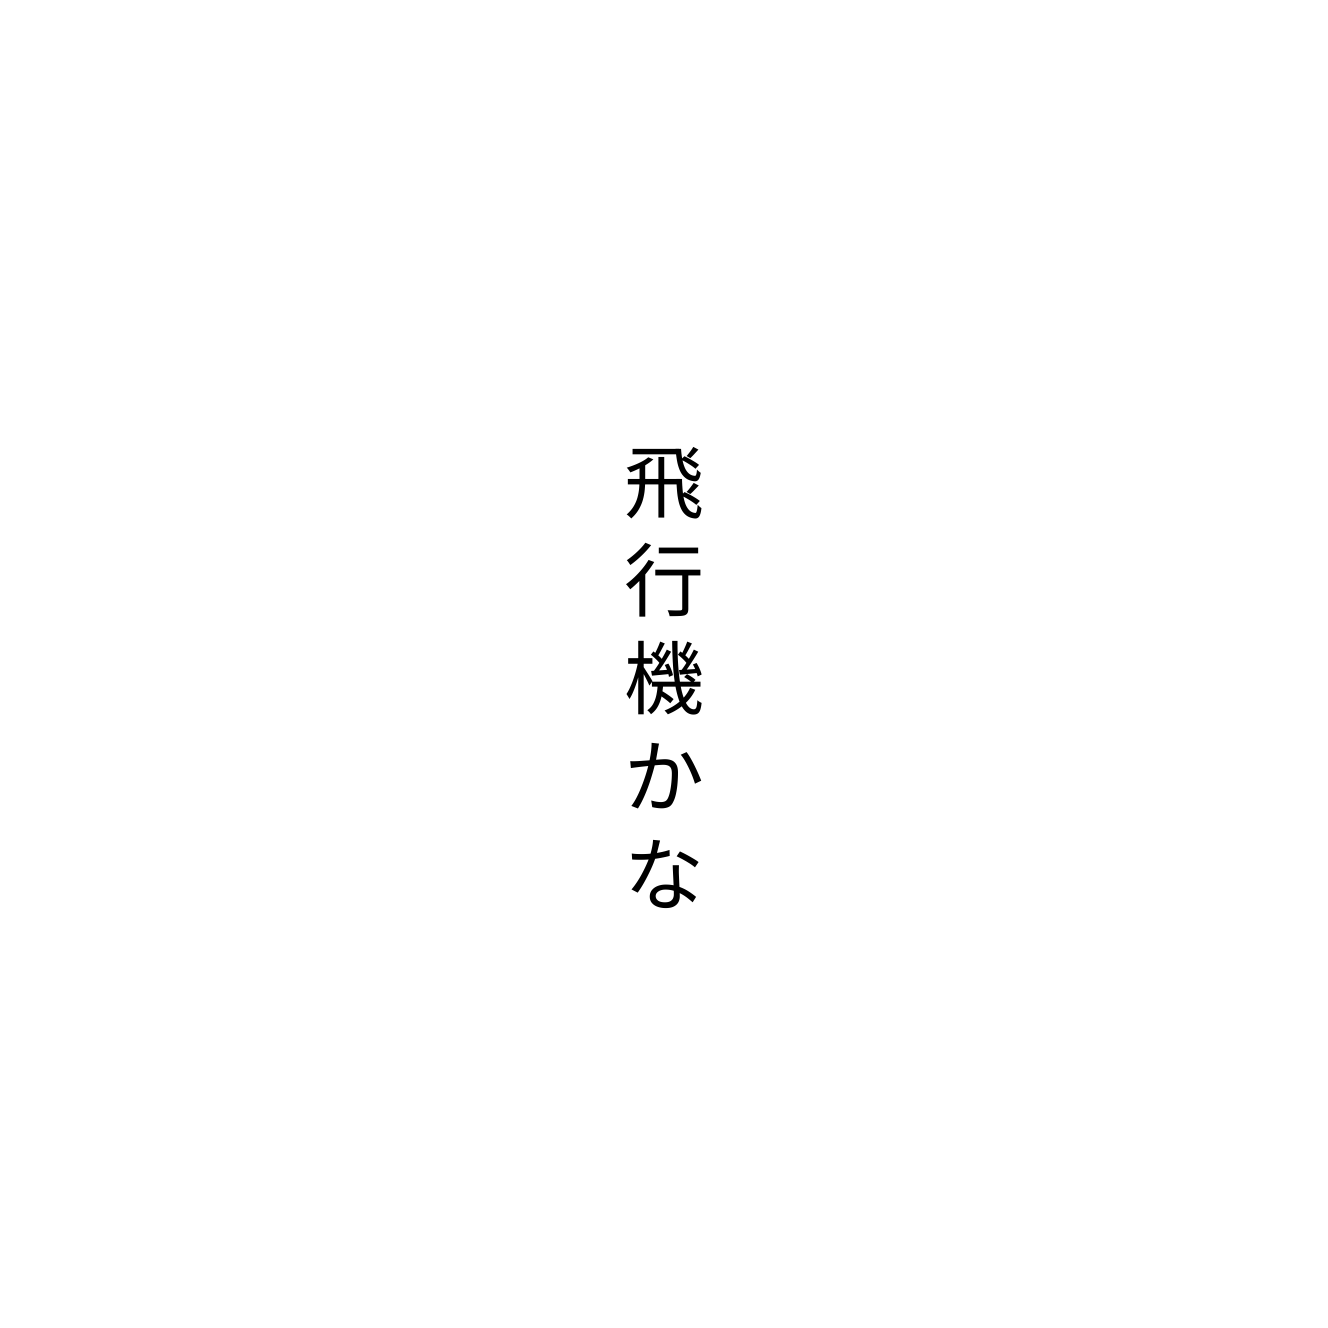
飛行機かな